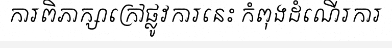
ការពិភាក្សាក្រៅផ្លូវការនេះ កំពុងដំណើរការ